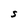
Character: s